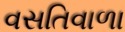
વસતિવાળા